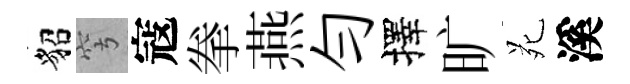
貂穹寇拳燕勻擇旷苑溪